Report of the Bombay Veterinary College
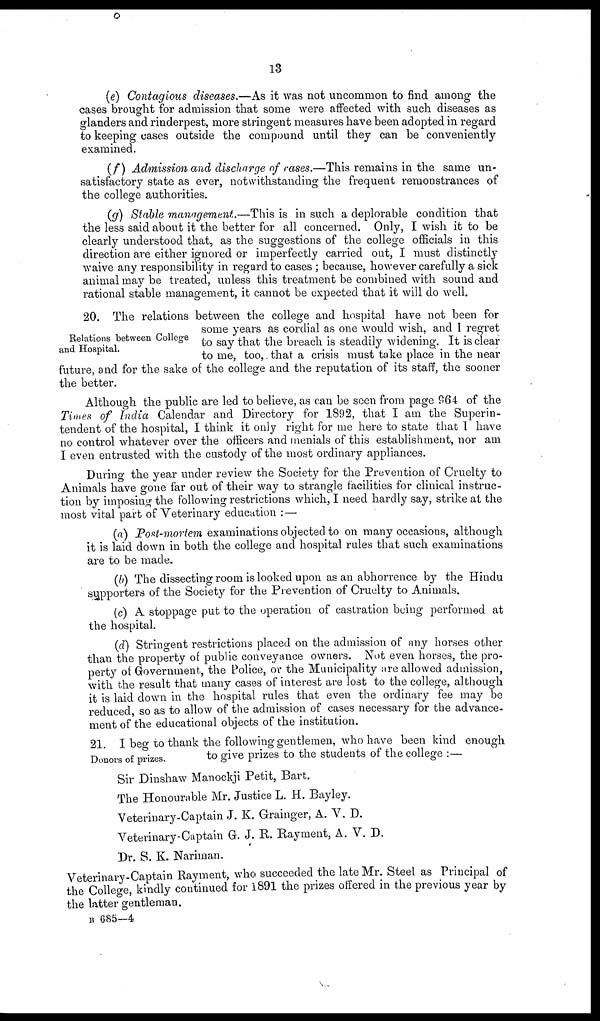
13
(e) Contagious diseases.—As it was not uncommon to find among the
cases brought for admission that some were affected with such diseases as
glanders and rinderpest, more stringent measures have been adopted in regard
to keeping cases outside the compound until they can be conveniently
examined.
(f) Admission and discharge of eases.—This remains in the same un-
satisfactory state as ever, notwithstanding the frequent remonstrances of
the college authorities.
(g) Stable management.—This is in such a deplorable condition that
the less said about it the better for all concerned. Only, I wish it to be
clearly understood that, as the suggestions of the college officials in this
direction are either ignored or imperfectly carried out, I must distinctly
waive any responsibility in regard to cases; because, however carefully a sick
animal may be treated, unless this treatment be combined with sound and
rational stable management, it cannot be expected that it will do well.
Relations between College
and Hospital.
20. The relations between the college and hospital have not been for
some years as cordial as one would wish, and I regret
to say that the breach is steadily widening. It is clear
to me, too,. that a crisis must take place in the near
future, and for the sake of the college and the reputation of its staff, the sooner
the better.
Although the public are led to believe, as can be seen from page 964 of the
Times of India Calendar and Directory for 1892, that I am the Superin-
tendent of the hospital, I think it only right for me here to state that I have
no control whatever over the officers and menials of this establishment, nor am
I even entrusted with the custody of the most ordinary appliances.
During the year under review the Society for the Prevention of Cruelty to
Animals have gone far out of their way to strangle facilities for clinical instruc-
tion by imposing the following restrictions which, I need hardly say, strike at the
most vital part of Veterinary education :—
(a) Post-mortem examinations objected to on many occasions, although
it is laid down in both the college and hospital rules that such examinations
are to be made.
(b) The dissecting room is looked upon as an abhorrence by the Hindu
supporters of the Society for the Prevention of Cruelty to Animals.
(c) A stoppage put to the operation of castration being performed at
the hospital.
(d) Stringent restrictions placed on the admission of any horses other
than the property of public conveyance owners. Not even horses, the pro-
perty of Government, the Police, or the Municipality are allowed admission,
with the result that many cases of interest are lost to the college, although
it is laid down in the hospital rules that even the ordinary fee may be
reduced, so as to allow of the admission of cases necessary for the advance-
ment of the educational objects of the institution.
21. I beg to thank the following gentlemen, who have been kind enough
Donors of prizes.
to give prizes to the students of the college :—
Sir Dinshaw Manockji Petit, Bart.
The Honourable Mr. Justice L. H. Bayley.
Veterinary-Captain J. K. Grainger, A. V. D.
Veterinary-Captain G. J. R. Rayment, A. V. D.
Dr. S. K. Nariman.
Veterinary-Captain Rayment, who succeeded the late Mr. Steel as Principal of
the College, kindly continued for 1891 the prizes offered in the previous year by
the latter gentleman.
B 685—4